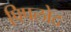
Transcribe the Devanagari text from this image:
पिपलोद